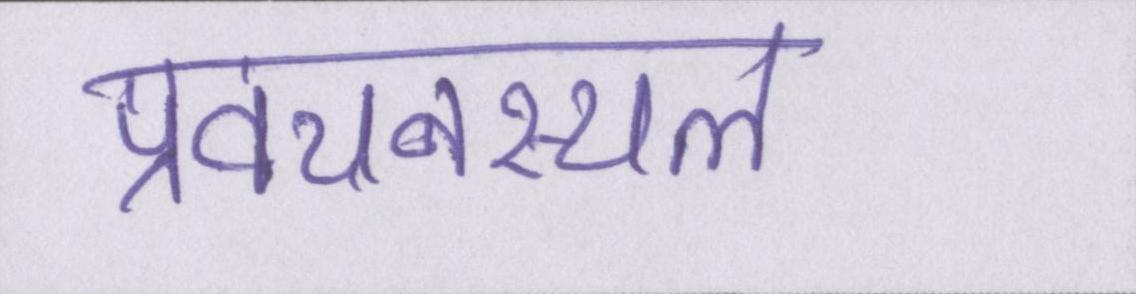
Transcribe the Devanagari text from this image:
प्रवचनस्थल